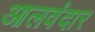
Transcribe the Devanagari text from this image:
आलवंदार